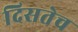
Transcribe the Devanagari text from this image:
दिसतेच